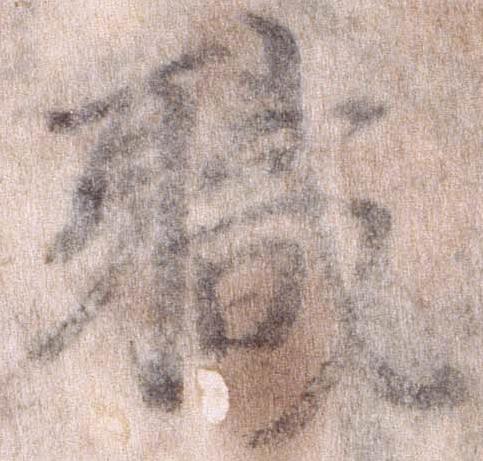
職